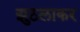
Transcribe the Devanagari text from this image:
झुठलाकर